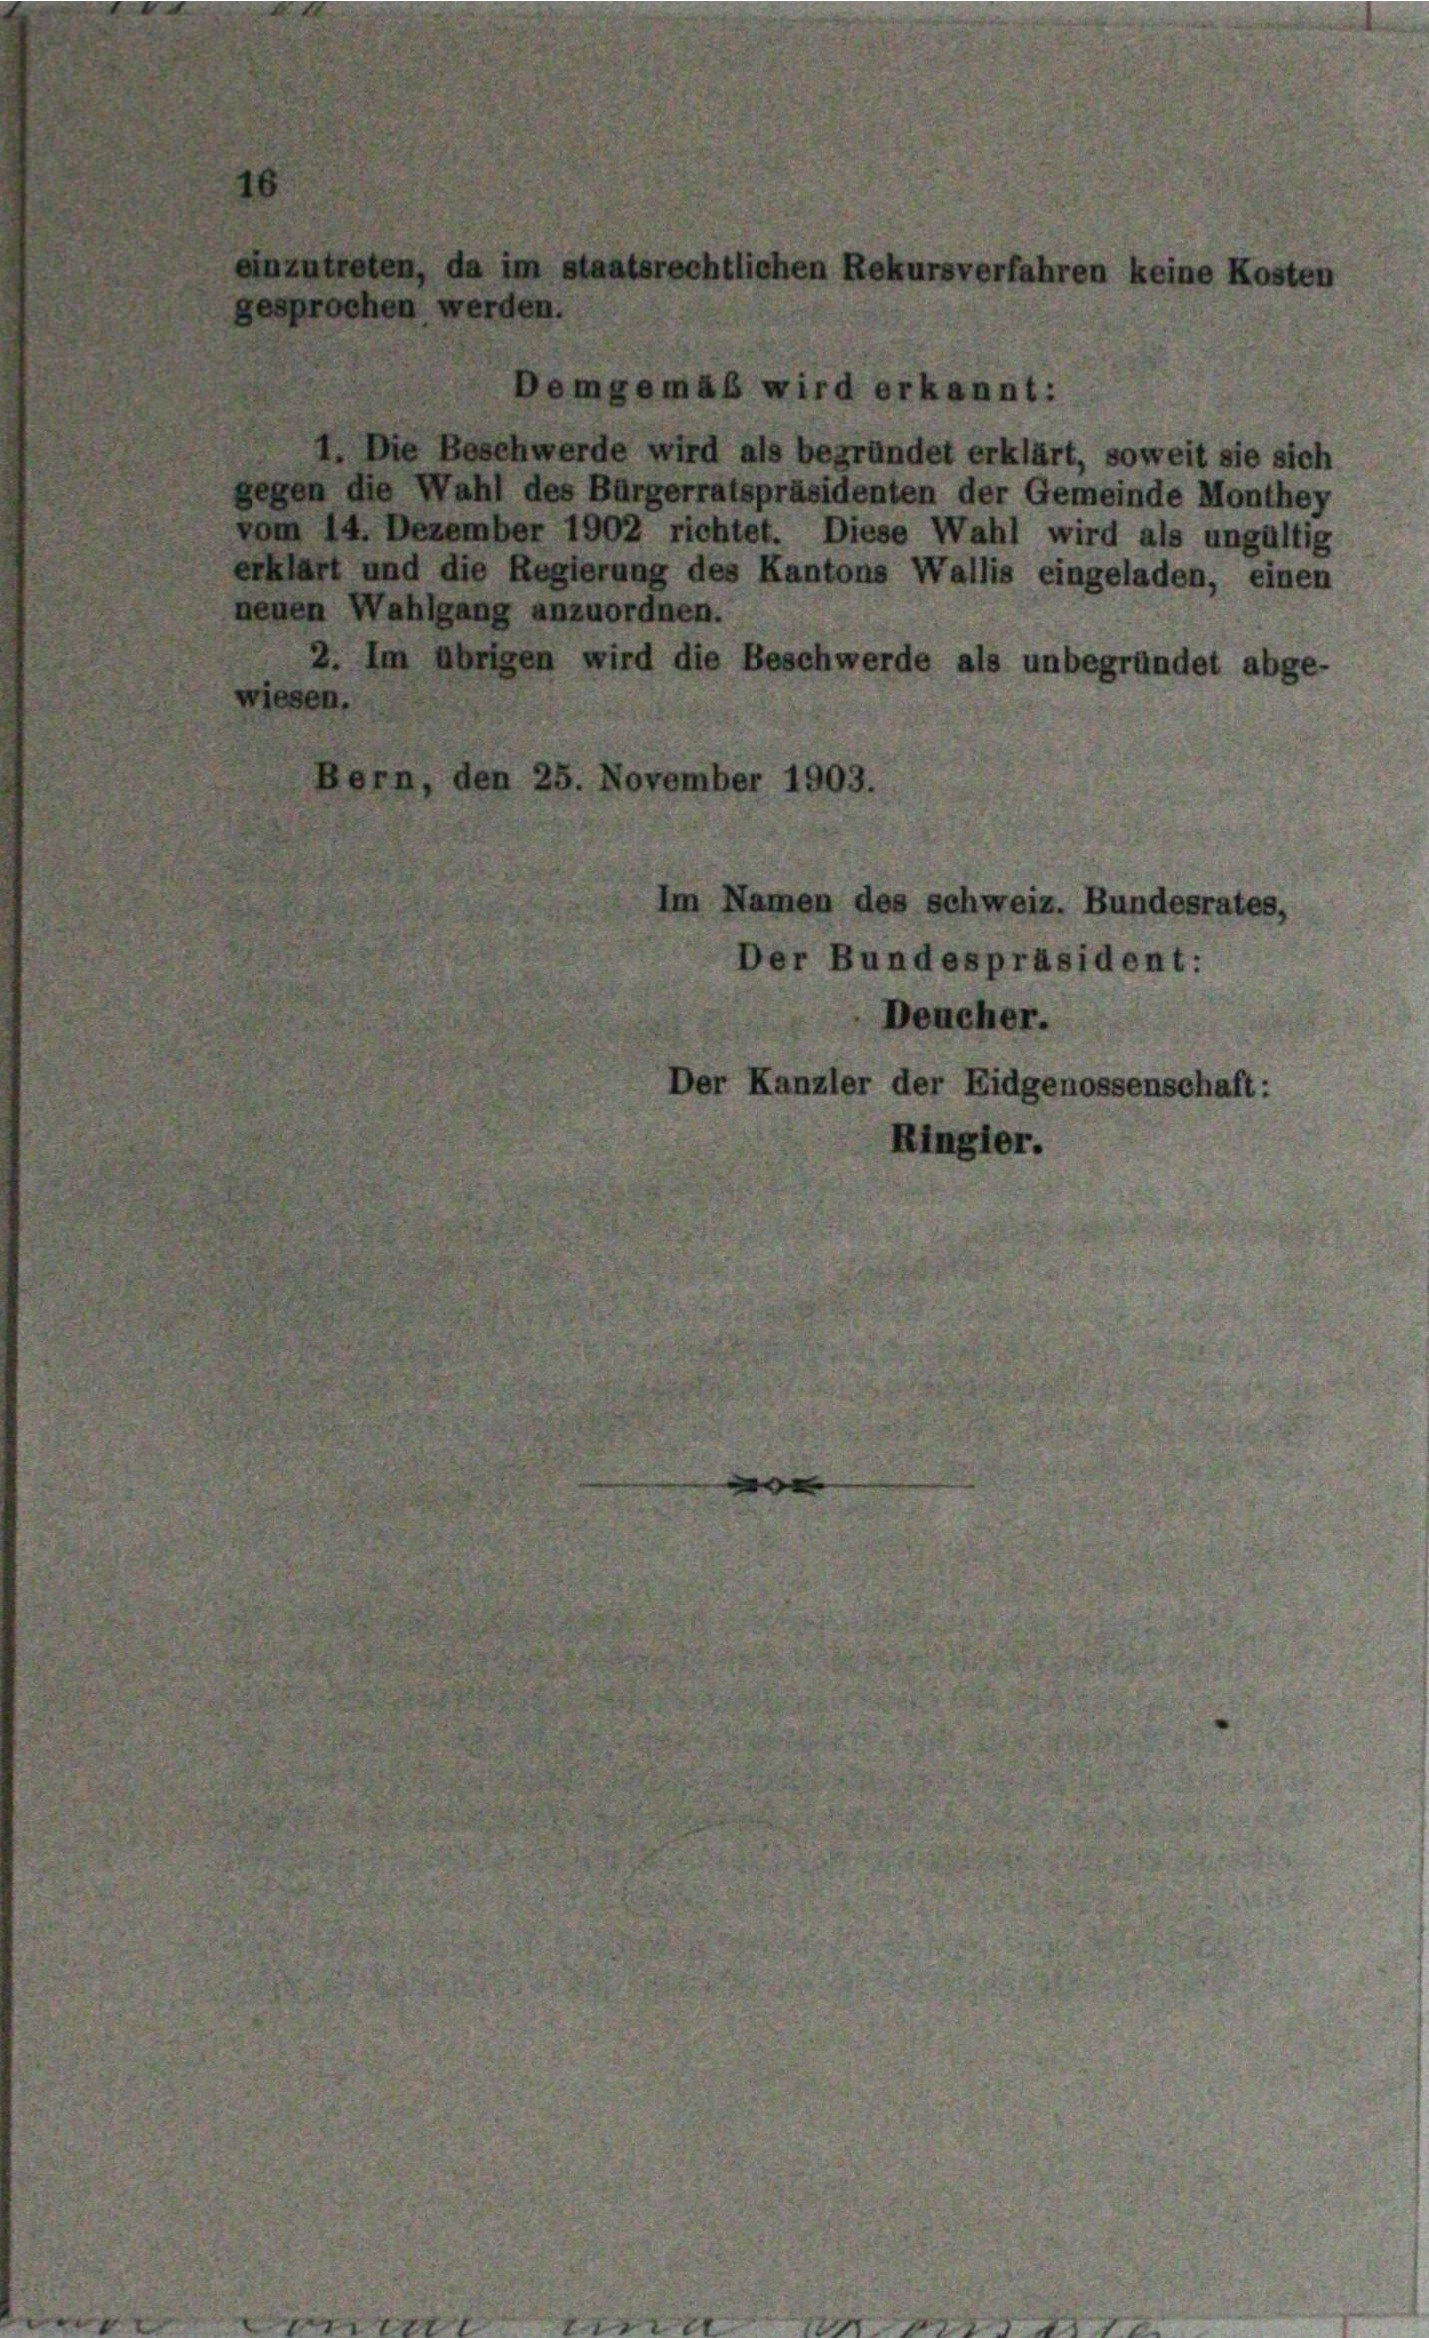
zutreten, da im staatsrechtlichen Rekursverfahren keine Koster
sprochen werden.

Demgemäß wird erkannt:
Die Beschwerde wird als begründet erklärt, soweit sie sich
gegen die Wahl des Bürgerratspräsidenten der Gemeinde Monthey
vom 14. Dezember 1902 richtet. Diese Wahl wird als ungültig
erklärt und die Regierung des Kantons Wallis eingeladen, einen
neuen Wahlgang anzuordnen.
2. Im übrigen wird die Beschwerde als unbegründet abge-
wiesen.
den 25. November 1903.

Im Namen des schweiz. Bundesrates,
Der Bundespräsident:
Deucher.
Der Kanzler der Eidgenossenschaft:
Ringler.